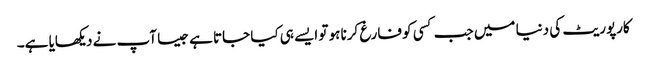
کارپوریٹ کی دنیا میں جب کسی کو فارغ کرنا ہو تو ایسے ہی کیا جاتا ہے جیسا آپ نے دیکھایا ہے۔